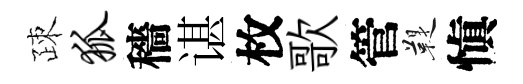
疎狐穡谌枚歌管鞮愼